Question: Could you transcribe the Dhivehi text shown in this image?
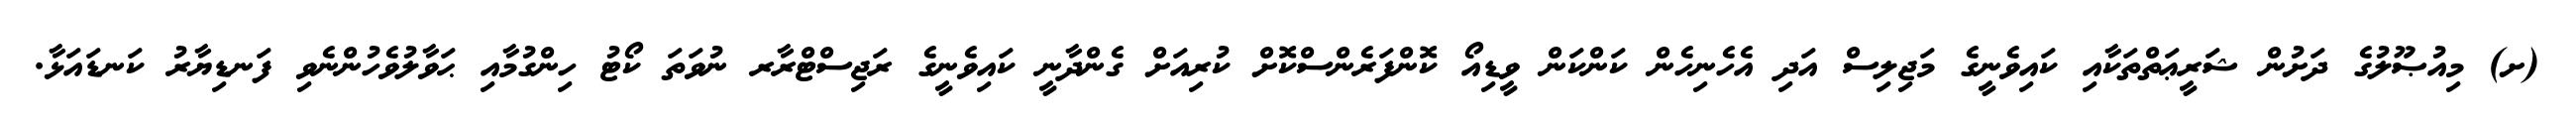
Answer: (ށ) މިއުޞޫލުގެ ދަށުން ޝަރީޢަތްތަކާއި ކައިވެނީގެ މަޖިލިސް އަދި އެހެނިހެން ކަންކަން ވީޑިއޯ ކޮންފަރެންސްކޮށް ކުރިއަށް ގެންދާނީ ކައިވެނީގެ ރަޖިސްޓްރާރ ނުވަތަ ކޯޓު ހިންގުމާއި ޙަވާލުވެހުންނެވި ފަނޑިޔާރު ކަނޑައަޅާ.